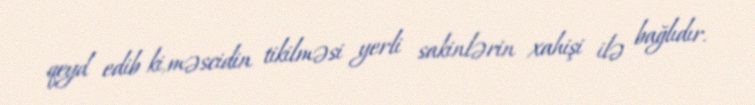
qeyd edib ki,məscidin tikilməsi yerli sakinlərin xahişi ilə bağlıdır.